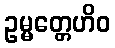
ဥမ္မတ္တေဟိဝ